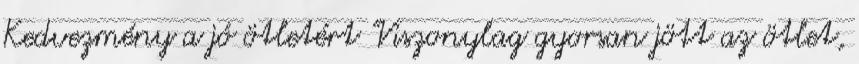
Kedvezmény a jó ötletért "Viszonylag gyorsan jött az ötlet,